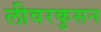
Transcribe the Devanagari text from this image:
लीवरकुसन